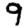
Digit: 9